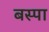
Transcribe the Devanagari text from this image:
बस्‍पा